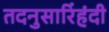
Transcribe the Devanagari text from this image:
तदनुसारिंहंदी